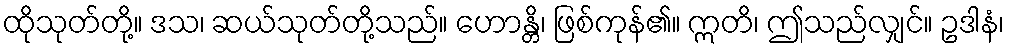
ထိုသုတ်တို့။ ဒသ၊ ဆယ်သုတ်တို့သည်။ ဟောန္တိ၊ ဖြစ်ကုန်၏။ ဣတိ၊ ဤသည်လျှင်။ ဥဒါနံ၊